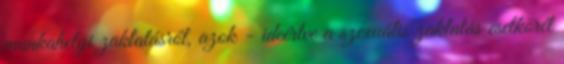
munkahelyi zaklatásról, azok - ideértve a szexuális zaklatás esetkörét